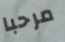
مرحبا